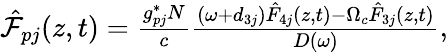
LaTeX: \begin{array}{r}{\hat{{\cal F}}_{pj}(z,t)=\frac{g_{pj}^{\ast}N}{c}\frac{\left(\omega+d_{3j}\right)\hat{F}_{4j}(z,t)-\Omega_{c}\hat{F}_{3j}(z,t)}{D(\omega)},}\end{array}